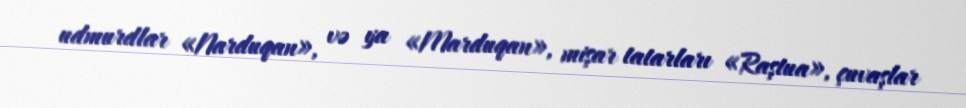
udmurdlar «Narduqan», və ya «Marduqan», mişar tatarları «Raştua», çuvaşlar